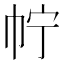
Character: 𢁼